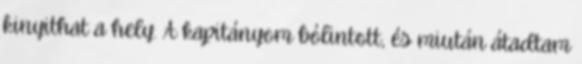
kinyithat a hely. A kapitányom bólintott, és miután átadtam